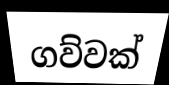
ගව්වක්